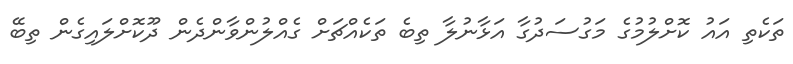
ތަކެތި އައު ކޮށްލުމުގެ މަގުސަދުގާ އަޅާނުލާ ތިބެ ތަކެއްޗަށް ގެއްލުންވާންދެން ދޫކޮށްލައިގެން ތިބޭ